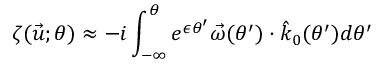
\zeta ( \vec { u } ; \theta ) \approx - i \int _ { - \infty } ^ { \theta } e ^ { \epsilon \theta ^ { \prime } } \vec { \omega } ( \theta ^ { \prime } ) \cdot \hat { k } _ { 0 } ( \theta ^ { \prime } ) d \theta ^ { \prime }